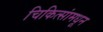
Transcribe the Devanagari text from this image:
चिकित्सांमधून